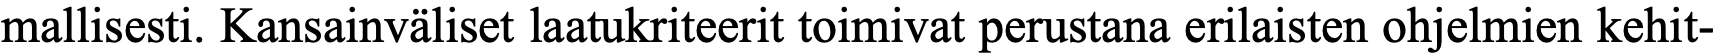
mallisesti. Kansainväliset laatukriteerit toimivat perustana erilaisten ohjelmien kehit-